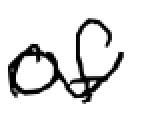
Text: of
Cross-out: wave
Writing tool: digital_black